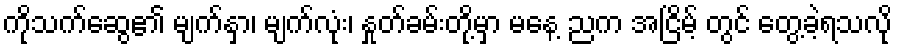
ကိုသက်ဆွေ၏ မျက်နှာ၊ မျက်လုံး၊ နှုတ်ခမ်းတို့မှာ မနေ့ ညက အငြိမ့် တွင် တွေ့ခဲ့ရသလို